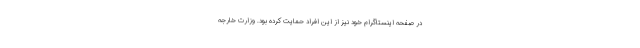
در صفحه اینستاگرام خود نیز از این افراد حمایت کرده بود. وزارت خارجه